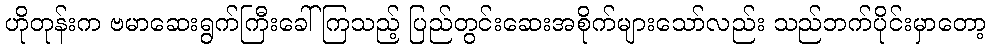
ဟိုတုန်းက ဗမာဆေးရွက်ကြီးခေါ်ကြသည့် ပြည်တွင်းဆေးအစိုက်များသော်လည်း သည်ဘက်ပိုင်းမှာတော့